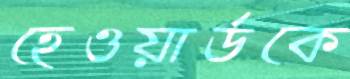
হেওয়ার্ডকে